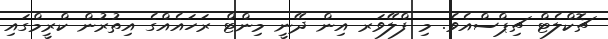
ޗޮކްލެޓް ޗިޕްސްއެވެ. މި ފްލޭވަރ އިން ދޭނީ މިންޓް ރަހައެއްގެ އިތުރުން ކްރީމްގައި